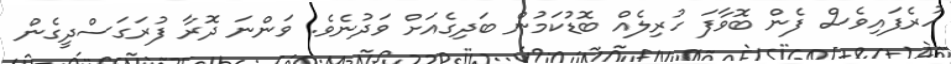
ހުރެފައިވެސް ފެން ބޮވާފަ ހުރިލެއް ބޮޑުކަމުން ބަދިގެއަށް ވަދުނެވެ. ވަންނަ ދޮރާ ފުރަގަސްދީގެން